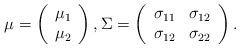
LaTeX: \begin{align*}\mu = \left(\begin{array}{c}\mu_1\\\mu_2\end{array}\right),\Sigma = \left(\begin{array}{cc}\sigma_{11} &\sigma_{12}\\\sigma_{12} & \sigma_{22}\end{array}\right).\end{align*}